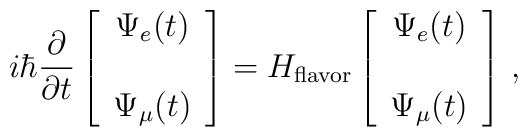
i\hbar \frac{\partial}{\partial t}\left[\begin{array}{cc} \Psi_e(t) \\ \\ \Psi_\mu(t) \end{array}\right] =H_{\rm flavor}\left[\begin{array}{cc} \Psi_e(t) \\ \\ \Psi_\mu(t) \end{array}\right]\,,